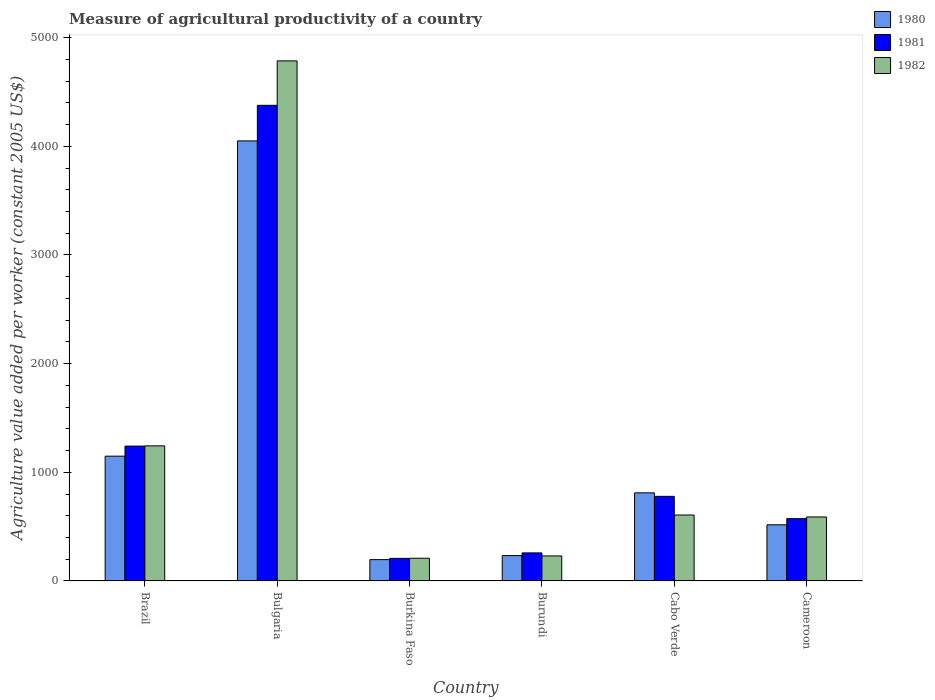
| Country | 1980 | 1981 | 1982 |
 | --- | --- | --- | --- |
 | Brazil | 1.15e+03 | 1.24e+03 | 1.24e+03 |
 | Bulgaria | 4.05e+03 | 4.38e+03 | 4.79e+03 |
 | Burkina Faso | 196 | 208 | 209 |
 | Burundi | 233 | 258 | 230 |
 | Cabo Verde | 811 | 779 | 607 |
 | Cameroon | 517 | 573 | 589 |